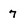
Character: 7